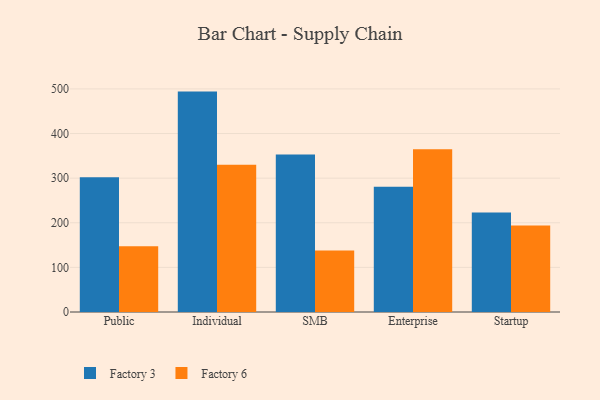
{"axis": {"x": "Segment", "y": "Revenue (USD Million)"}, "legend": ["Factory 3", "Factory 6"], "data": [{"x": "Public", "y": 302.1, "type": "Factory 3"}, {"x": "Public", "y": 147.4, "type": "Factory 6"}, {"x": "Individual", "y": 494.0, "type": "Factory 3"}, {"x": "Individual", "y": 330.3, "type": "Factory 6"}, {"x": "SMB", "y": 352.9, "type": "Factory 3"}, {"x": "SMB", "y": 138.1, "type": "Factory 6"}, {"x": "Enterprise", "y": 280.8, "type": "Factory 3"}, {"x": "Enterprise", "y": 364.7, "type": "Factory 6"}, {"x": "Startup", "y": 222.8, "type": "Factory 3"}, {"x": "Startup", "y": 193.8, "type": "Factory 6"}]}